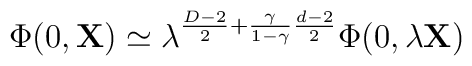
\Phi(0,{\bf X})\simeq  \lambda^{\frac{D-2}{2}+\frac{\gamma}{1-\gamma}\frac{d-2}{2}}  \Phi(0,\lambda{\bf X})